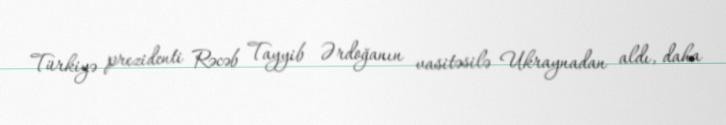
Türkiyə prezidenti Rəcəb Tayyib Ərdoğanın vasitəsilə Ukraynadan aldı, daha